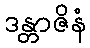
ဒန္တာဇိနံ